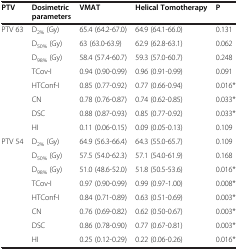
| PTV | Dosimetric parameters | VMAT | Helical Tomotherapy | P |
 | --- | --- | --- | --- | --- |
 | PTV 63 | D2% (Gy) | 65.4 (64.2-67.0) | 64.9 (64.1-66.0) | 0.131 |
 |  | D50% (Gy) | 63 (63.0-63.9) | 62.9 (62.8-63.1) | 0.062 |
 |  | D98% (Gy) | 58.4 (57.4-60.7) | 59.3 (57.0-60.7) | 0.248 |
 |  | TCov-I | 0.94 (0.90-0.99) | 0.96 (0.91-0.99) | 0.091 |
 |  | HTConf-I | 0.85 (0.77-0.92) | 0.77 (0.66-0.94) | 0.016* |
 |  | CN | 0.78 (0.76-0.87) | 0.74 (0.62-0.85) | 0.033* |
 |  | DSC | 0.88 (0.87-0.93) | 0.85 (0.77-0.92) | 0.033* |
 |  | HI | 0.11 (0.06-0.15) | 0.09 (0.05-0.13) | 0.109 |
 | PTV 54 | D2% (Gy) | 64.9 (56.3-66.4) | 64.3 (55.0-65.7) | 0.109 |
 |  | D50% (Gy) | 57.5 (54.0-62.3) | 57.1 (54.0-61.9) | 0.168 |
 |  | D98% (Gy) | 51.0 (48.6-52.0) | 51.8 (50.5-53.6) | 0.016* |
 |  | TCov-I | 0.97 (0.90-0.99) | 0.99 (0.97-1.00) | 0.008* |
 |  | HTConf-I | 0.84 (0.71-0.89) | 0.63 (0.51-0.69) | 0.003* |
 |  | CN | 0.76 (0.69-0.82) | 0.62 (0.50-0.67) | 0.003* |
 |  | DSC | 0.86 (0.78-0.90) | 0.77 (0.67-0.81) | 0.003* |
 |  | HI | 0.25 (0.12-0.29) | 0.22 (0.06-0.26) | 0.016* |